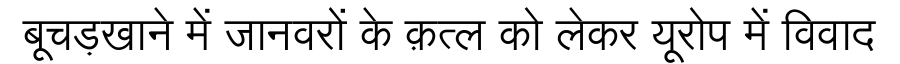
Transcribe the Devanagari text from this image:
बूचड़खाने में जानवरों के क़त्ल को लेकर यूरोप में विवाद